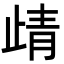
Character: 𭭦